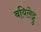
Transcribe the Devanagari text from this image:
बयिलेट्टु